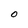
Character: 0